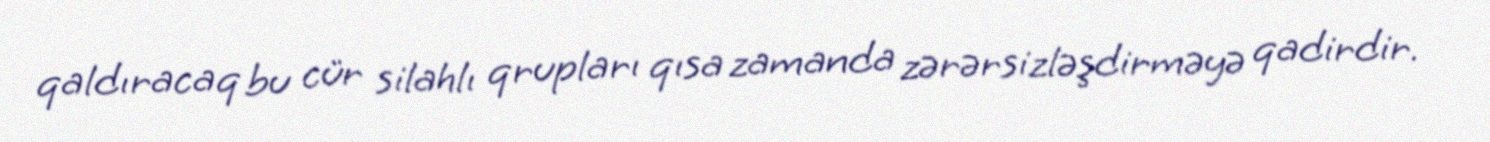
qaldıracaq bu cür silahlı qrupları qısa zamanda zərərsizləşdirməyə qadirdir.